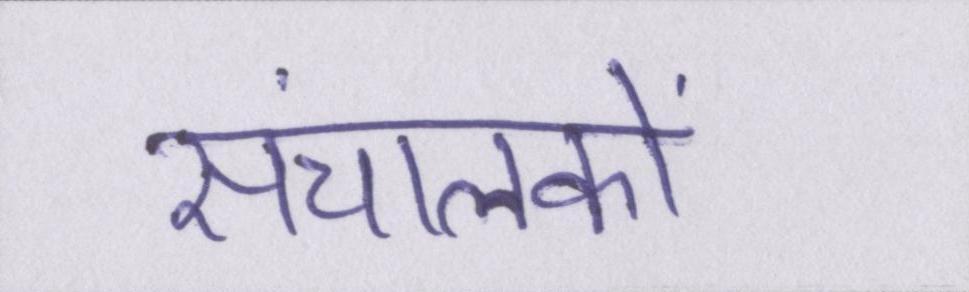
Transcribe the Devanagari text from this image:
संचालकों